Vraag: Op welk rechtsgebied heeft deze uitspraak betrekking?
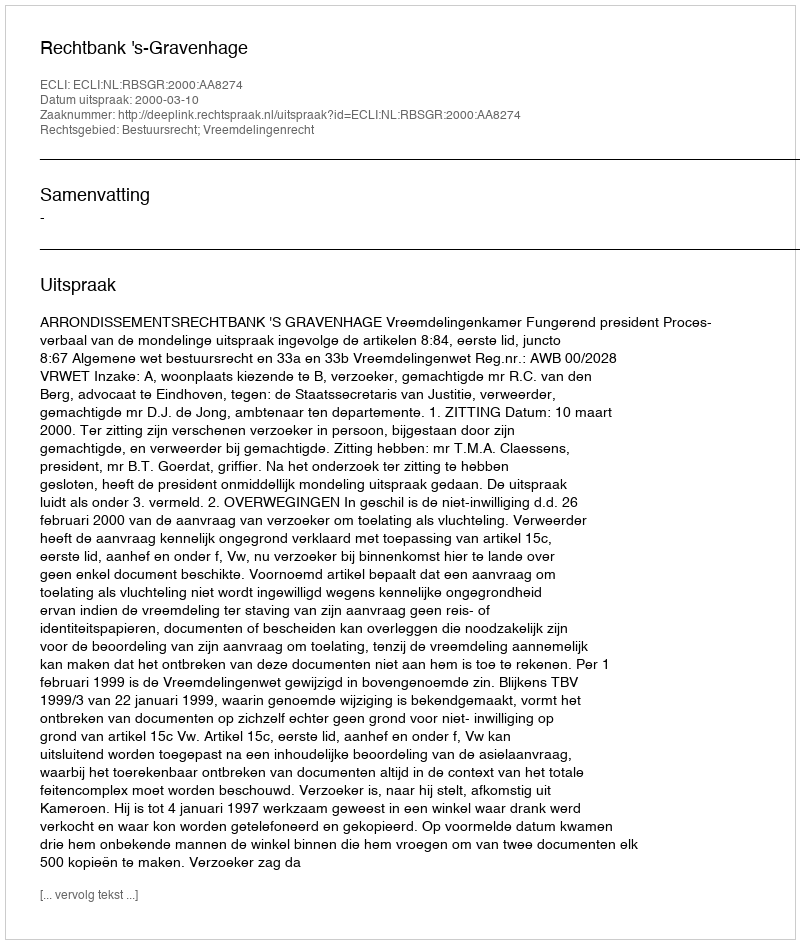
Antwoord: Bestuursrecht; Vreemdelingenrecht